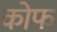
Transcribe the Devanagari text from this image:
कोफ